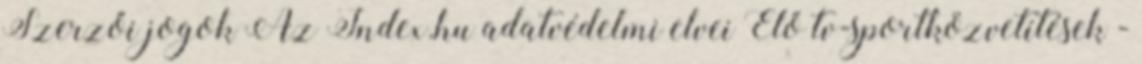
Szerzői jogok Az Index.hu adatvédelmi elvei Élő tv-sportközvetítések -